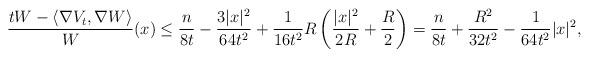
LaTeX: \begin{align*}\frac{t W-\langle\nabla V_t,\nabla W\rangle}{W}(x)\leq\frac{n}{8t}-\frac{3|x|^2}{64t^2}+\frac{1}{16t^2}R\left(\frac{|x|^2}{2R}+\frac{R}{2}\right)=\frac{n}{8t}+\frac{R^2}{32t^2}-\frac{1}{64t^2}|x|^2,\end{align*}